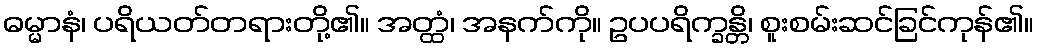
ဓမ္မာနံ၊ ပရိယတ်တရားတို့၏။ အတ္ထံ၊ အနက်ကို။ ဥပပရိက္ခန္တိ၊ စူးစမ်းဆင်ခြင်ကုန်၏။